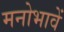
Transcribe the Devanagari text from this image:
मनोभावें